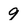
Character: 9